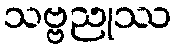
သဗ္ဗညုဿ